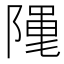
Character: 𮥖